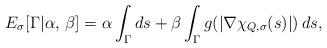
LaTeX: \begin{align*}E_\sigma[\Gamma|\alpha,\, \beta] = \alpha\int_{\Gamma}ds + \beta\int_{\Gamma} g(\lvert \nabla \chi_{Q, \sigma} (s)\rvert)\, ds,\end{align*}